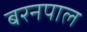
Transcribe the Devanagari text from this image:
बरनपाल